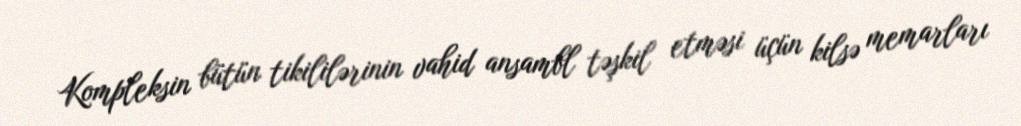
Kompleksin bütün tikililərinin vahid ansambl təşkil etməsi üçün kilsə memarları